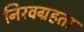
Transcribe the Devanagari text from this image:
निरवग्रहता